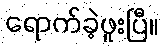
ရောက်ခဲ့ဖူးပြီ။